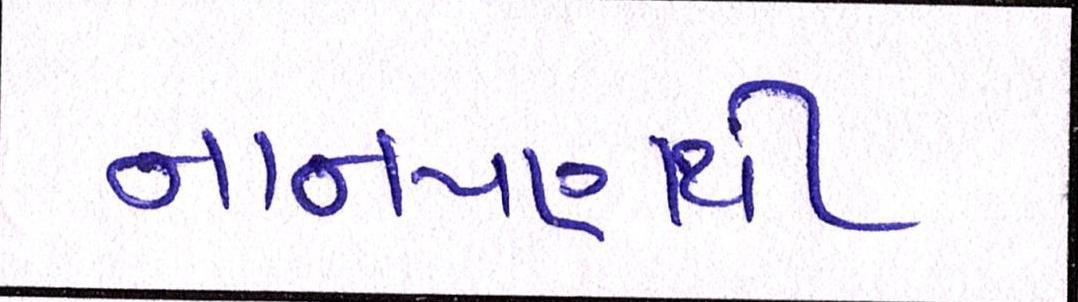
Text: નાનપણથી